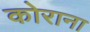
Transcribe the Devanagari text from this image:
कोराना